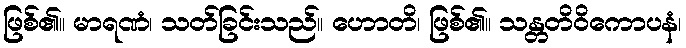
ဖြစ်၏။ မာရဏံ၊ သတ်ခြင်းသည်။ ဟောတိ၊ ဖြစ်၏။ သန္တတိဝိကောပနံ၊